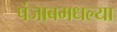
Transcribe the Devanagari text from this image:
पंजाबमधल्या